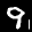
Label: 9